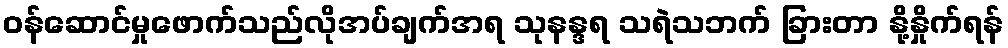
ဝန်ဆောင်မှုဖောက်သည်လိုအပ်ချက်အရ သုနန္ဒရ သရဲသဘက် ခြားတာ နို့နှိုက်ရန်